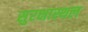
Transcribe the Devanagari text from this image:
सुरक्षास्थल